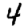
Digit: 4